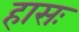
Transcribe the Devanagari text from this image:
हासः